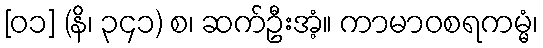
[၀၁] (နိ၊ ၃၄၁) စ၊ ဆက်ဦးအံ့။ ကာမာဝစရကမ္မံ၊